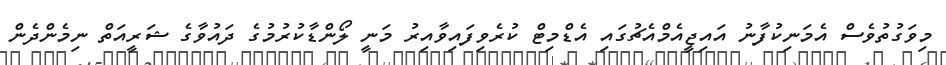
މިވަގުތުވެސް އެމަނިކުފާނު އައިޖީއެމްއެޗުގައި އެޑްމިޓް ކުރެވިފައިވާއިރު މަނީ ލޯންޑާކުރުމުގެ ދައުވާގެ ޝަރީއަތް ނިމެންދެން